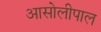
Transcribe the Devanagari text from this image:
आसोलीपाल